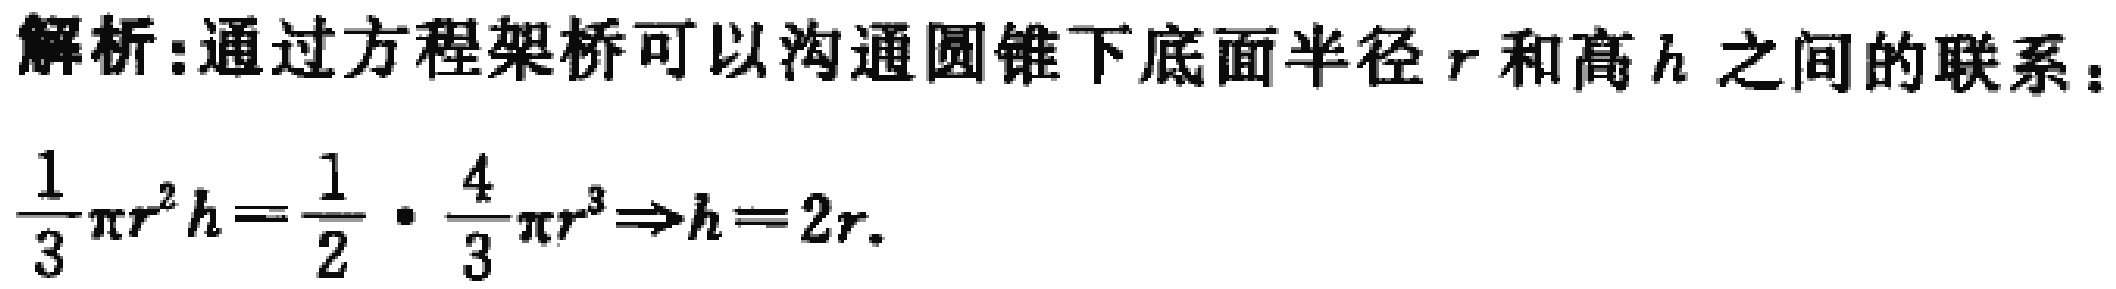
解析:通过方程架桥可以沟通圆锥下底面半径 \(r\) 和高 \(h\) 之间的联系：
\(\frac{1}{3}\pi r^{2}h=\frac{1}{2}\cdot\frac{4}{3}\pi r^{3}\Rightarrow h = 2r\).